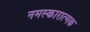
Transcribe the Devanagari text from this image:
नमस्कारात्मक